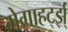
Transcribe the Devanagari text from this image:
मेगाहर्ट्झ्